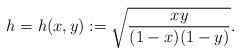
\begin{align*}h=h(x,y):=\sqrt{\frac{xy}{(1-x)(1-y)}}.\end{align*}